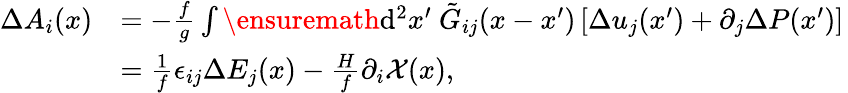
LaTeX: \begin{array}{rl}{\Delta A_{i}(x)}&{=-\frac{f}{g}\int\ensuremath{\operatorname{d}\! ^{2}}x^{\prime}\ \tilde{G}_{ij}(x-x^{\prime})\left[\Delta u_{j}(x^{\prime})+\partial_{j}\Delta P(x^{\prime})\right]\, }\\ &{={\frac{1}{f}}\epsilon_{ij}\Delta E_{j}(x)-{\frac{H}{f}}\partial_{i}{\cal X}(x),}\end{array}